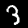
Label: 3